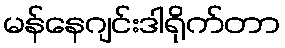
မန်နေဂျင်းဒါရိုက်တာ